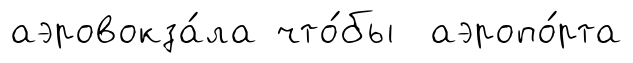
аэровокза́ла что́бы аэропо́рта